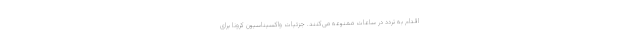
اقدام به تردد در ساعات ممنوعه می‌کنند. جزئیات واکسیناسیون کرونا برای